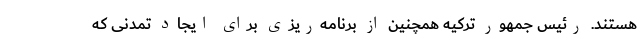
هستند. رئیس جمهور ترکیه همچنین از برنامه‌ریزی برای ایجاد تمدنی که